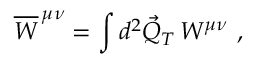
\overline { { W } } ^ { \, \mu \nu } = \int d ^ { 2 } \vec { Q } _ { T } \, W ^ { \mu \nu } \ ,